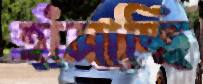
হাঁসাচ্ছি